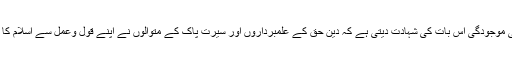
برصغیر (ہندوپاک ، بنگلہ دیش) میں ملت کے کروڑوں افراد کی موجودگی اس بات کی شہادت دیتی ہے کہ دین حق کے علمبرداروں اور سیرت پاک کے متوالوں نے اپنے قول وعمل سے اسلام کا مکمل نمونہ پیش کیاتو یہاں کے باشندوں نے اس کا استقبال کیا۔